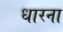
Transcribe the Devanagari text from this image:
धारना